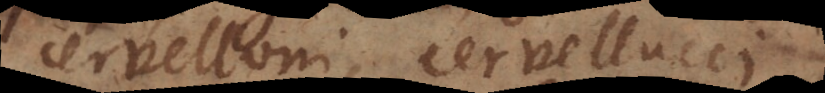
cervelloni, cervellucci,